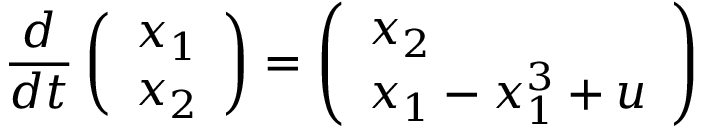
\frac { d } { d t } \left( \begin{array} { l } { x _ { 1 } } \\ { x _ { 2 } } \end{array} \right) = \left( \begin{array} { l } { x _ { 2 } } \\ { x _ { 1 } - x _ { 1 } ^ { 3 } + u } \end{array} \right)